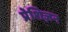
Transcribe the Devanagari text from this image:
प्रेशिज़न